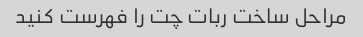
مراحل ساخت ربات چت را فهرست کنید